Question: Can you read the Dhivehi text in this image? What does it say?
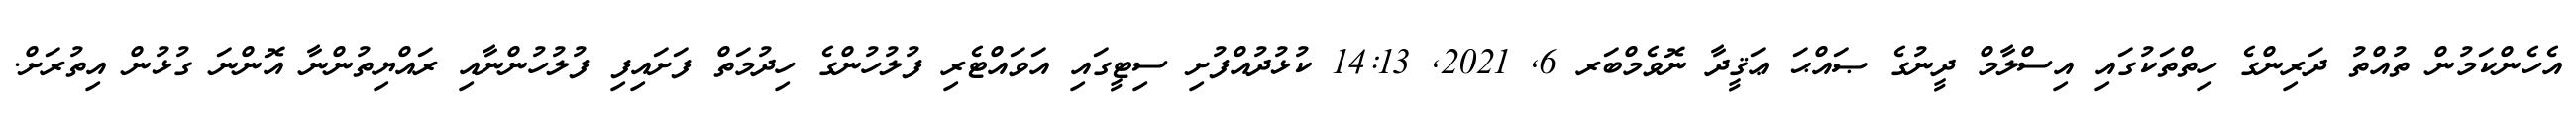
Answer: އެހެންކަމުން ތުއްތު ދަރިންގެ ހިތްތަކުގައި އިސްލާމް ދީނުގެ ޞައްޙަ ޢަޤީދާ ނޮވެމްބަރ 6, 2021, 14:13 ކުޅުދުއްފުށި ސިޓީގައި އަވައްޓެރި ފުލުހުންގެ ހިދުމަތް ފަށައިފި ފުލުހުންނާއި ރައްޔިތުންނާ އޮންނަ ގުޅުން އިތުރަށް.